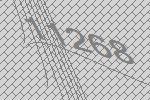
11268